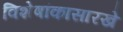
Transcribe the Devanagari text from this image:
विशेषांकासारखे